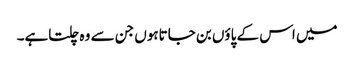
میں اس کے پاؤں بن جاتاہوں جن سے وہ چلتاہے۔